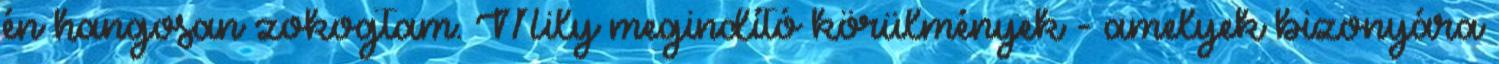
én hangosan zokogtam. Mily megindító körülmények - amelyek bizonyára